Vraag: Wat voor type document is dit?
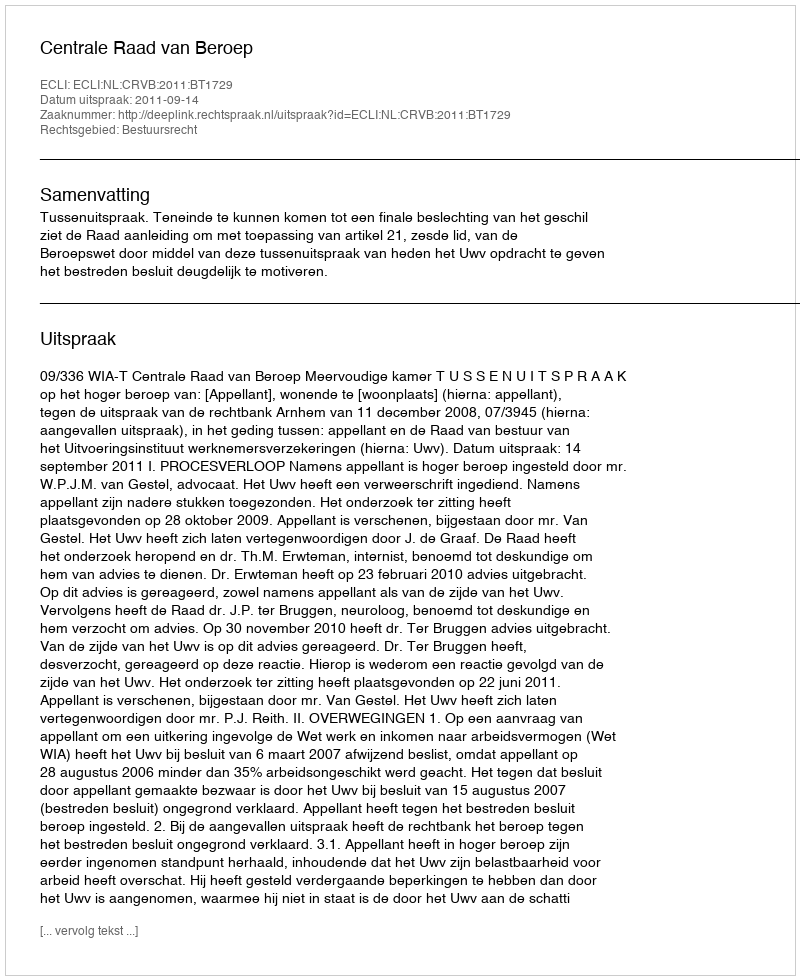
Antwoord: Uitspraak